Vaccination report Assam 1896-1927 - 1896-1927
Year: 1896
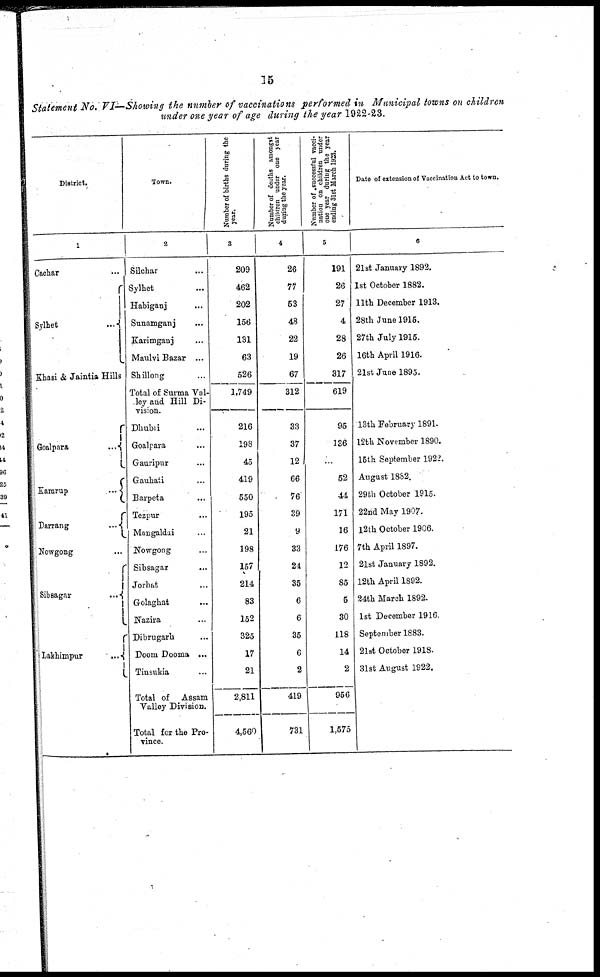
15
Statement No. VI—Showing the number of vaccinations performed in Municipal towns on children
under one year of age during the year 1922-23.
District.
1
Cachar ...
Sylhet ...
Khasi & Jaintia Hills
Goalpara
...
Kamrup
...
Darrang
...
Nowgong ...
Sibsagar
...
Lakhimpur
...
Town.
2
Silchar ...
Sylhet ...
Habiganj ...
Sunamganj ...
Karimganj ...
Maulvi Bazar ...
Shillong ...
Total of Surma Val-
ley and Hill Di-
vision.
Dhubri ...
Goalpara ...
Gauripur ...
Gauhati ...
Barpeta ...
Tezpur ...
Mangaldai ...
Nowgong ...
Sibsagar
...
Jorhat ...
Golaghat ...
Nazira ...
Dibrugarh ...
Doom Dooma ...
Tinsukia ...
Total of Assam
Valley Division.
Total for the Pro-
vince.
Number of births during the
year.
3
209
462
202
156
131
63
526
1,749
216
198
45
419
550
195
21
198
157
214
83
152
325
17
21
2,811
4,560
Number of deaths amongst
children under one year
during the year.
4
26
77
53
48
22
19
67
312
33
37
12
66
76
39
9
33
24
35
6
6
35
6
2
419
731
Number of successful vacci-
nation on children under
one year during the year
ending 31st March 1923.
5
191
26
27
4
28
26
317
619
95
136
...
52
44
171
16
176
12
85
5
30
118
14
2
956
1,575
Date of extension of Vaccination Act to town.
6
21st January 1892.
1st October 1882.
11th December 1913.
28th June 1915.
27th July 1915.
16th April 1916.
21st June 1895.
13th February 1891.
12th November 1890.
15th September 1922.
August 1882.
29th October 1915.
22nd May 1907.
12th October 1906.
7th April 1897.
21st January 1892.
12th April 1892.
24th March 1892.
1st December 1916.
September 1883.
21st October 1918.
31st August 1922.